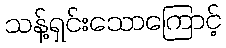
သန့်ရှင်းသောကြောင့်